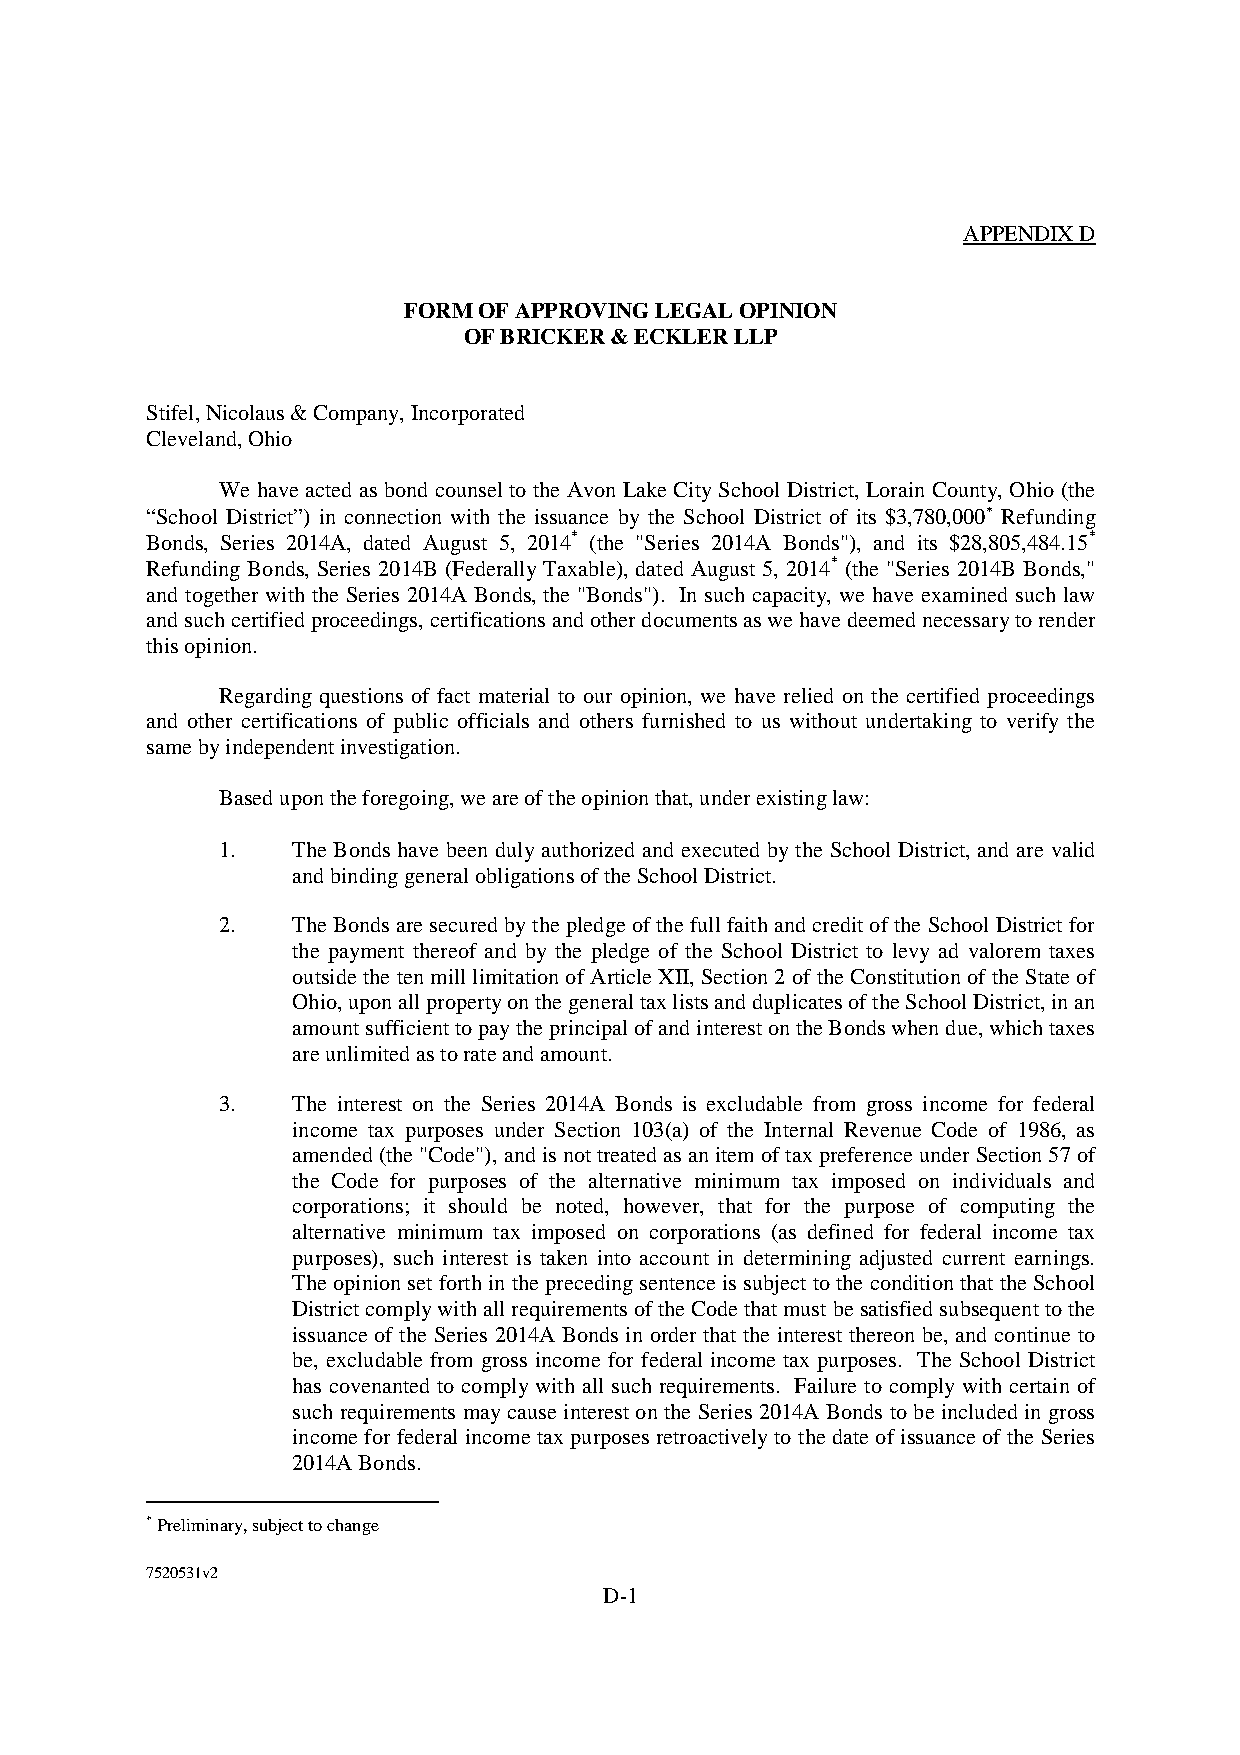
APPENDIXD
 FORMOFAPPROVINGLEGALOPINION
 OFBRICKER&ECKLERLLP
 Stifel,Nicolaus&Company,Incorporated
 Cleveland,Ohio
 We have acted as bond counsel to the Avon Lake CitySchool District, Lorain County, Ohio (the
 “School District”) in connection with the issuance by the School District of its $3,780,000 Refunding
 Bonds, Series 2014A, dated August 5, 2014* (the "Series 2014A Bonds"), and its $28,805,484.15*
 Refunding Bonds, Series 2014B (Federally Taxable), dated August 5, 2014* (the "Series 2014B Bonds,"
 and together with the Series 2014A Bonds, the "Bonds"). In such capacity, we have examined such law
 andsuchcertifiedproceedings,certificationsandotherdocumentsaswehavedeemednecessarytorender
 thisopinion.
 Regarding questions of fact material to our opinion, we have relied on the certified proceedings
 and other certifications of public officials and others furnished to us without undertaking to verify the
 samebyindependentinvestigation.
 Basedupontheforegoing,weareoftheopinionthat,underexistinglaw:
 1.   The Bonds have been duly authorized and executed by the School District, and are valid
 andbindinggeneralobligationsoftheSchoolDistrict.
 2.   TheBonds aresecured bythe pledge ofthefullfaithand credit ofthe School District for
 the payment thereof and by the pledge of the School District to levy ad valorem taxes
 outsidethe ten mill limitation ofArticleXII, Section2of theConstitutionofthe State of
 Ohio,uponallpropertyonthegeneraltaxlistsandduplicatesoftheSchoolDistrict,inan
 amountsufficienttopaytheprincipalofandinterestontheBondswhendue,whichtaxes
 areunlimitedastorateandamount.
 3.   The interest on the Series 2014A Bonds is excludable from gross income for federal
 income tax purposes under Section 103(a) of the Internal Revenue Code of 1986, as
 amended(the"Code"),andisnottreatedasanitemoftaxpreferenceunderSection57of
 the Code for purposes of the alternative minimum tax imposed on individuals and
 corporations; it should be noted, however, that for the purpose of computing the
 alternative minimum tax imposed on corporations (as defined for federal income tax
 purposes), such interest is taken into account in determining adjusted current earnings.
 The opinionset forth intheprecedingsentenceis subject tothe conditionthattheSchool
 DistrictcomplywithallrequirementsoftheCodethatmustbesatisfiedsubsequenttothe
 issuance of the Series 2014A Bonds in order that the interest thereon be, and continue to
 be, excludable from gross income for federal income tax purposes. The School District
 has covenanted to comply with all such requirements. Failure to comply with certain of
 such requirements maycause interest on the Series 2014A Bonds to be included in gross
 income for federal incometax purposesretroactivelyto the date ofissuance of the Series
 2014ABonds.
 Preliminary,subjecttochange
 7520531v2
 D-1